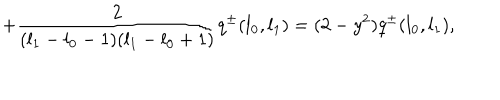
+ \frac { 2 } { ( l _ { 1 } - l _ { 0 } - 1 ) ( l _ { 1 } - l _ { 0 } + 1 ) } q ^ { \pm } ( l _ { 0 } , l _ { 1 } ) = ( 2 - y ^ { 2 } ) q ^ { \pm } ( l _ { 0 } , l _ { 1 } ) ,